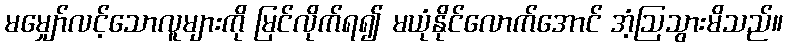
မမျှော်လင့်သောလူများကို မြင်လိုက်ရ၍ မယုံနိုင်လောက်အောင် အံ့ဩသွားမိသည်။